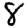
Digit: 8